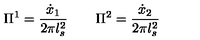
\Pi ^ { 1 } = \frac { \dot { x } _ { 1 } } { 2 \pi l _ { s } ^ { 2 } } \qquad \Pi ^ { 2 } = \frac { \dot { x } _ { 2 } } { 2 \pi l _ { s } ^ { 2 } }